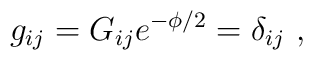
g_{ij} = G_{ij} e^{-\phi/2} = \delta_{ij}\ ,